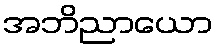
အဘိညာယော